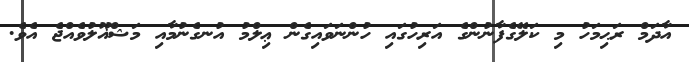
އާދަމް ރަޙިމަހު މި ކަލޭގެފާނުންގެ އަރިހުގައި ހުންނަވައިގެން ޢިލްމު އުނގެނުމާއި މަޝްޣޫލުވެއްޖެ އެވެ.